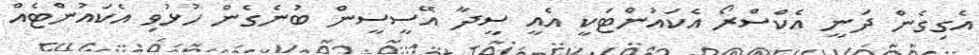
އެގިގެން ދަނީ އެކްސްރޯ އެކައުންޓަކީ އެއީ ސީދާ އޭސީސީން ބުނެގެން ހުޅުވި އެކައުންޓެއް